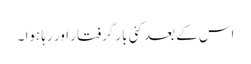
اس کے بعد کئی بار گرفتار اور رہا ہوا ۔